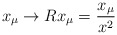
\begin{align*}x_\mu \to R x_\mu = \frac{x_\mu}{x^2}\end{align*}